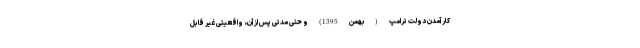
کار آمدن دولت ترامپ (بهمن 1395) و حتی مدتی پس از آن، واقعیتی غیر قابل